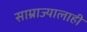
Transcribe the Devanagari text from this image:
साम्राज्यालाही